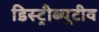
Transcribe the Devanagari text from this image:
डिस्ट्रीब्यूटीव